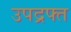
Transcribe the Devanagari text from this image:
उपद्रफ्त